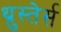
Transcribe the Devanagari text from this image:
थ्रुस्तेर्स